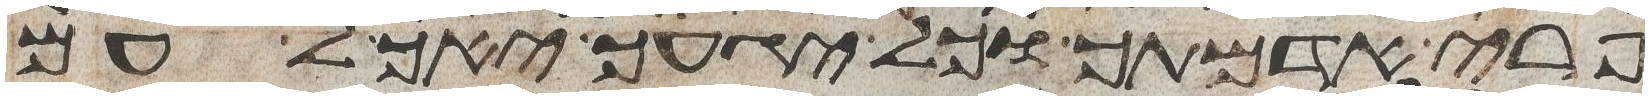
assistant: פרי אדמתך וכל יגעך יאכל עם